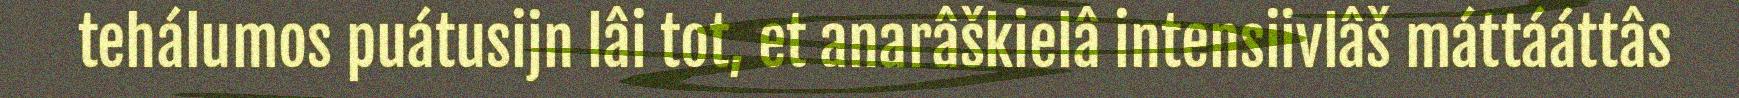
tehálumos puátusijn lâi tot, et anarâškielâ intensiivlâš máttááttâs